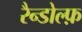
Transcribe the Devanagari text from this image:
रैन्डोल्फ़